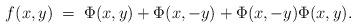
LaTeX: \begin{align*}f(x,y) \; = \; \Phi(x,y) + \Phi(x,-y) + \Phi(x,-y) \Phi(x,y).\end{align*}